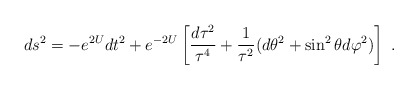
\begin{align*}ds^2 = - e^{2U} dt^2 + e^{-2U} \left[{d\tau^2 \over \tau^4}+ {1\over \tau^2}(d \theta ^2 + \sin^2 \theta d \varphi ^2)\right] \ .\end{align*}